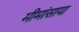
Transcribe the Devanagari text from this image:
मीमांसाया